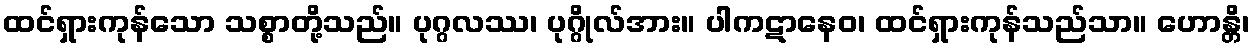
ထင်ရှားကုန်သော သစ္စာတို့သည်။ ပုဂ္ဂလဿ၊ ပုဂ္ဂိုလ်အား။ ပါကဋာနေဝ၊ ထင်ရှားကုန်သည်သာ။ ဟောန္တိ၊